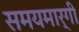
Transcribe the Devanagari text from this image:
समयमार्गी